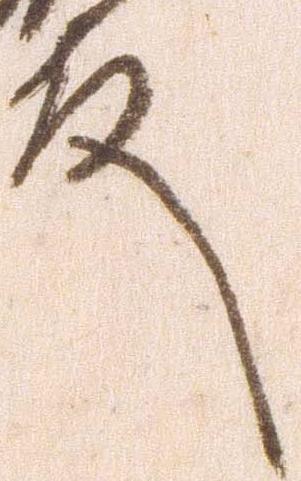
殿